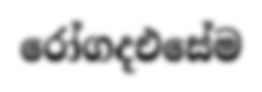
රෝගදඑසේම